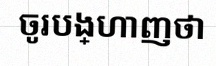
ចូរបង្ហាញថា